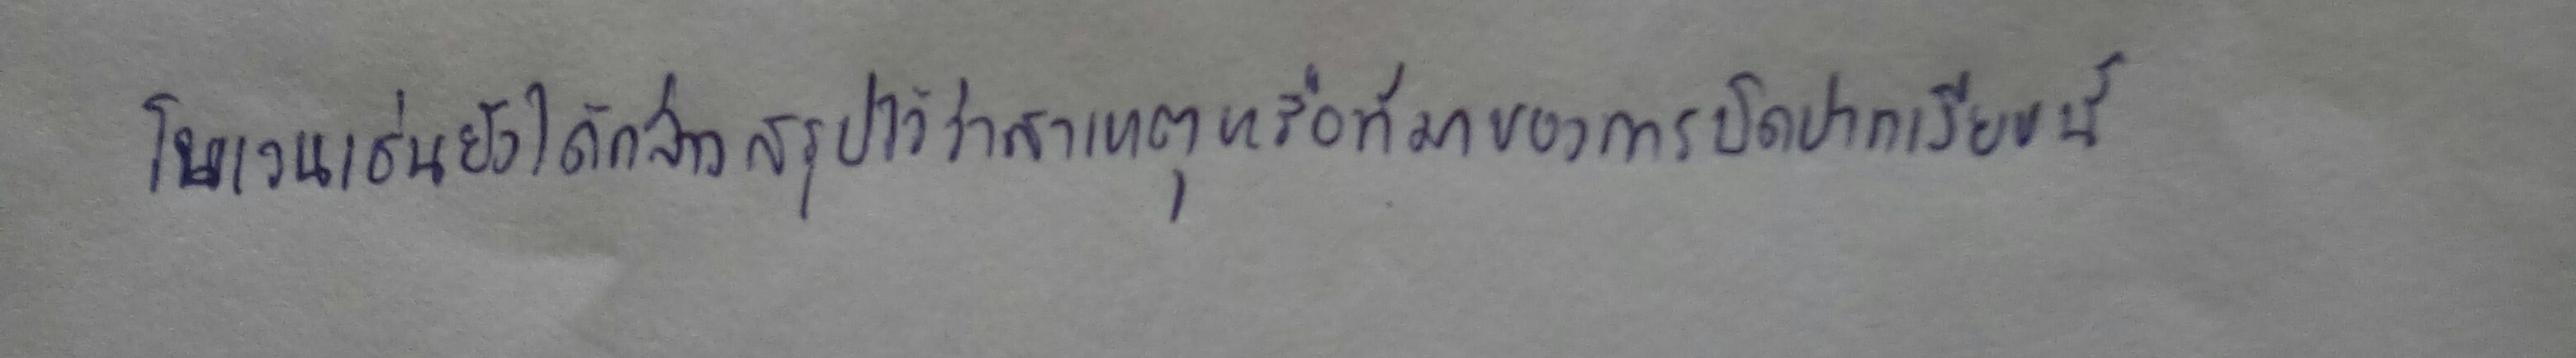
โบเวนเช่นยังได้กล่าวสรุปไว้ว่าสาเหตุหรือที่มาของการปิดปากเงียบนี้